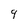
Character: 9